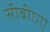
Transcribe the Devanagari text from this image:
सीबीएए